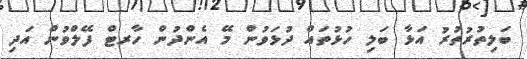
ބަލިތުރުތުރު އަޅާ ބަލި ހުޅުތައް ދުޅަވުން މޭ އެންދުން ހާރޓް ފޭލްވުން އަދި